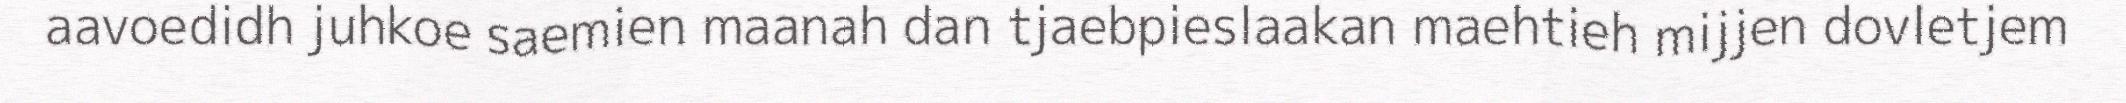
aavoedidh juhkoe saemien maanah dan tjaebpieslaakan maehtieh mijjen dovletjem